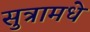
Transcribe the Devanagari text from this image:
सुत्रामधे